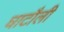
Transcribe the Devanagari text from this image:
घाटौली